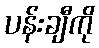
ပန်းချီကို